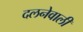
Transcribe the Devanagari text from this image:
दलनेवाली